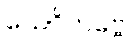
သေဝိတဗ္ဗေ